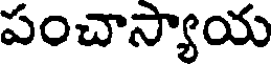
పంచాస్యాయ